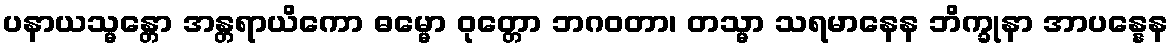
ပနာယသ္မန္တော အန္တရာယိကော ဓမ္မော ဝုတ္တော ဘဂဝတာ၊ တသ္မာ သရမာနေန ဘိက္ခုနာ အာပန္နေန